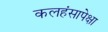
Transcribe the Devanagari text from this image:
कलहंसापेक्षा